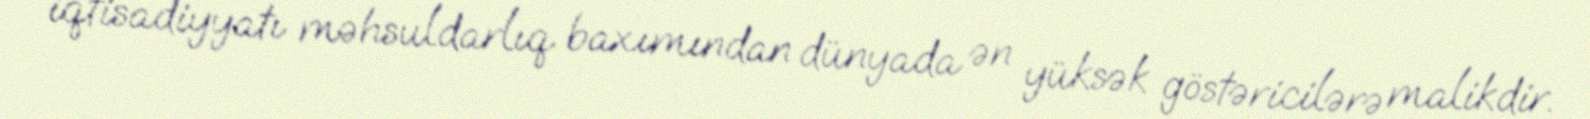
iqtisadiyyatı məhsuldarlıq baxımından dünyada ən yüksək göstəricilərə malikdir.